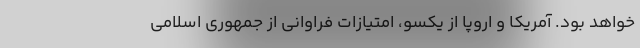
خواهد بود. آمریکا و اروپا از یکسو، امتیازات فراوانی از جمهوری اسلامی